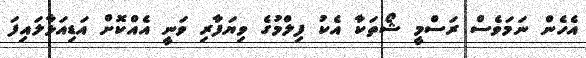
އެހެން ނަމަވެސް ރަސްމީ ޝޯތަކާ އެކު ފިލްމުގެ ވިޔަފާރި ވަނީ އެއްކޮށް އަޑިއަޅާލައިފަ